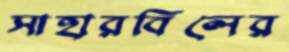
সাহারবিলের